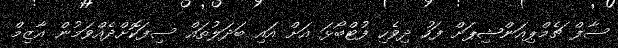
ސާފް ޗެމްޕިއަންޝިޕަށް ފަހު ދިވެހި ފުޓްބޯޅަ އަށް އައި ބަދަލުތައް ސިފަކޮށްދެއްވަމުން އާޒިމް